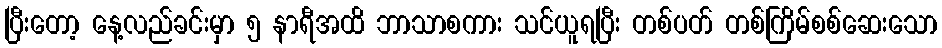
ပြီးတော့ နေ့လည်ခင်းမှာ ၅ နာရီအထိ ဘာသာစကား သင်ယူရပြီး တစ်ပတ် တစ်ကြိမ်စစ်ဆေးသော